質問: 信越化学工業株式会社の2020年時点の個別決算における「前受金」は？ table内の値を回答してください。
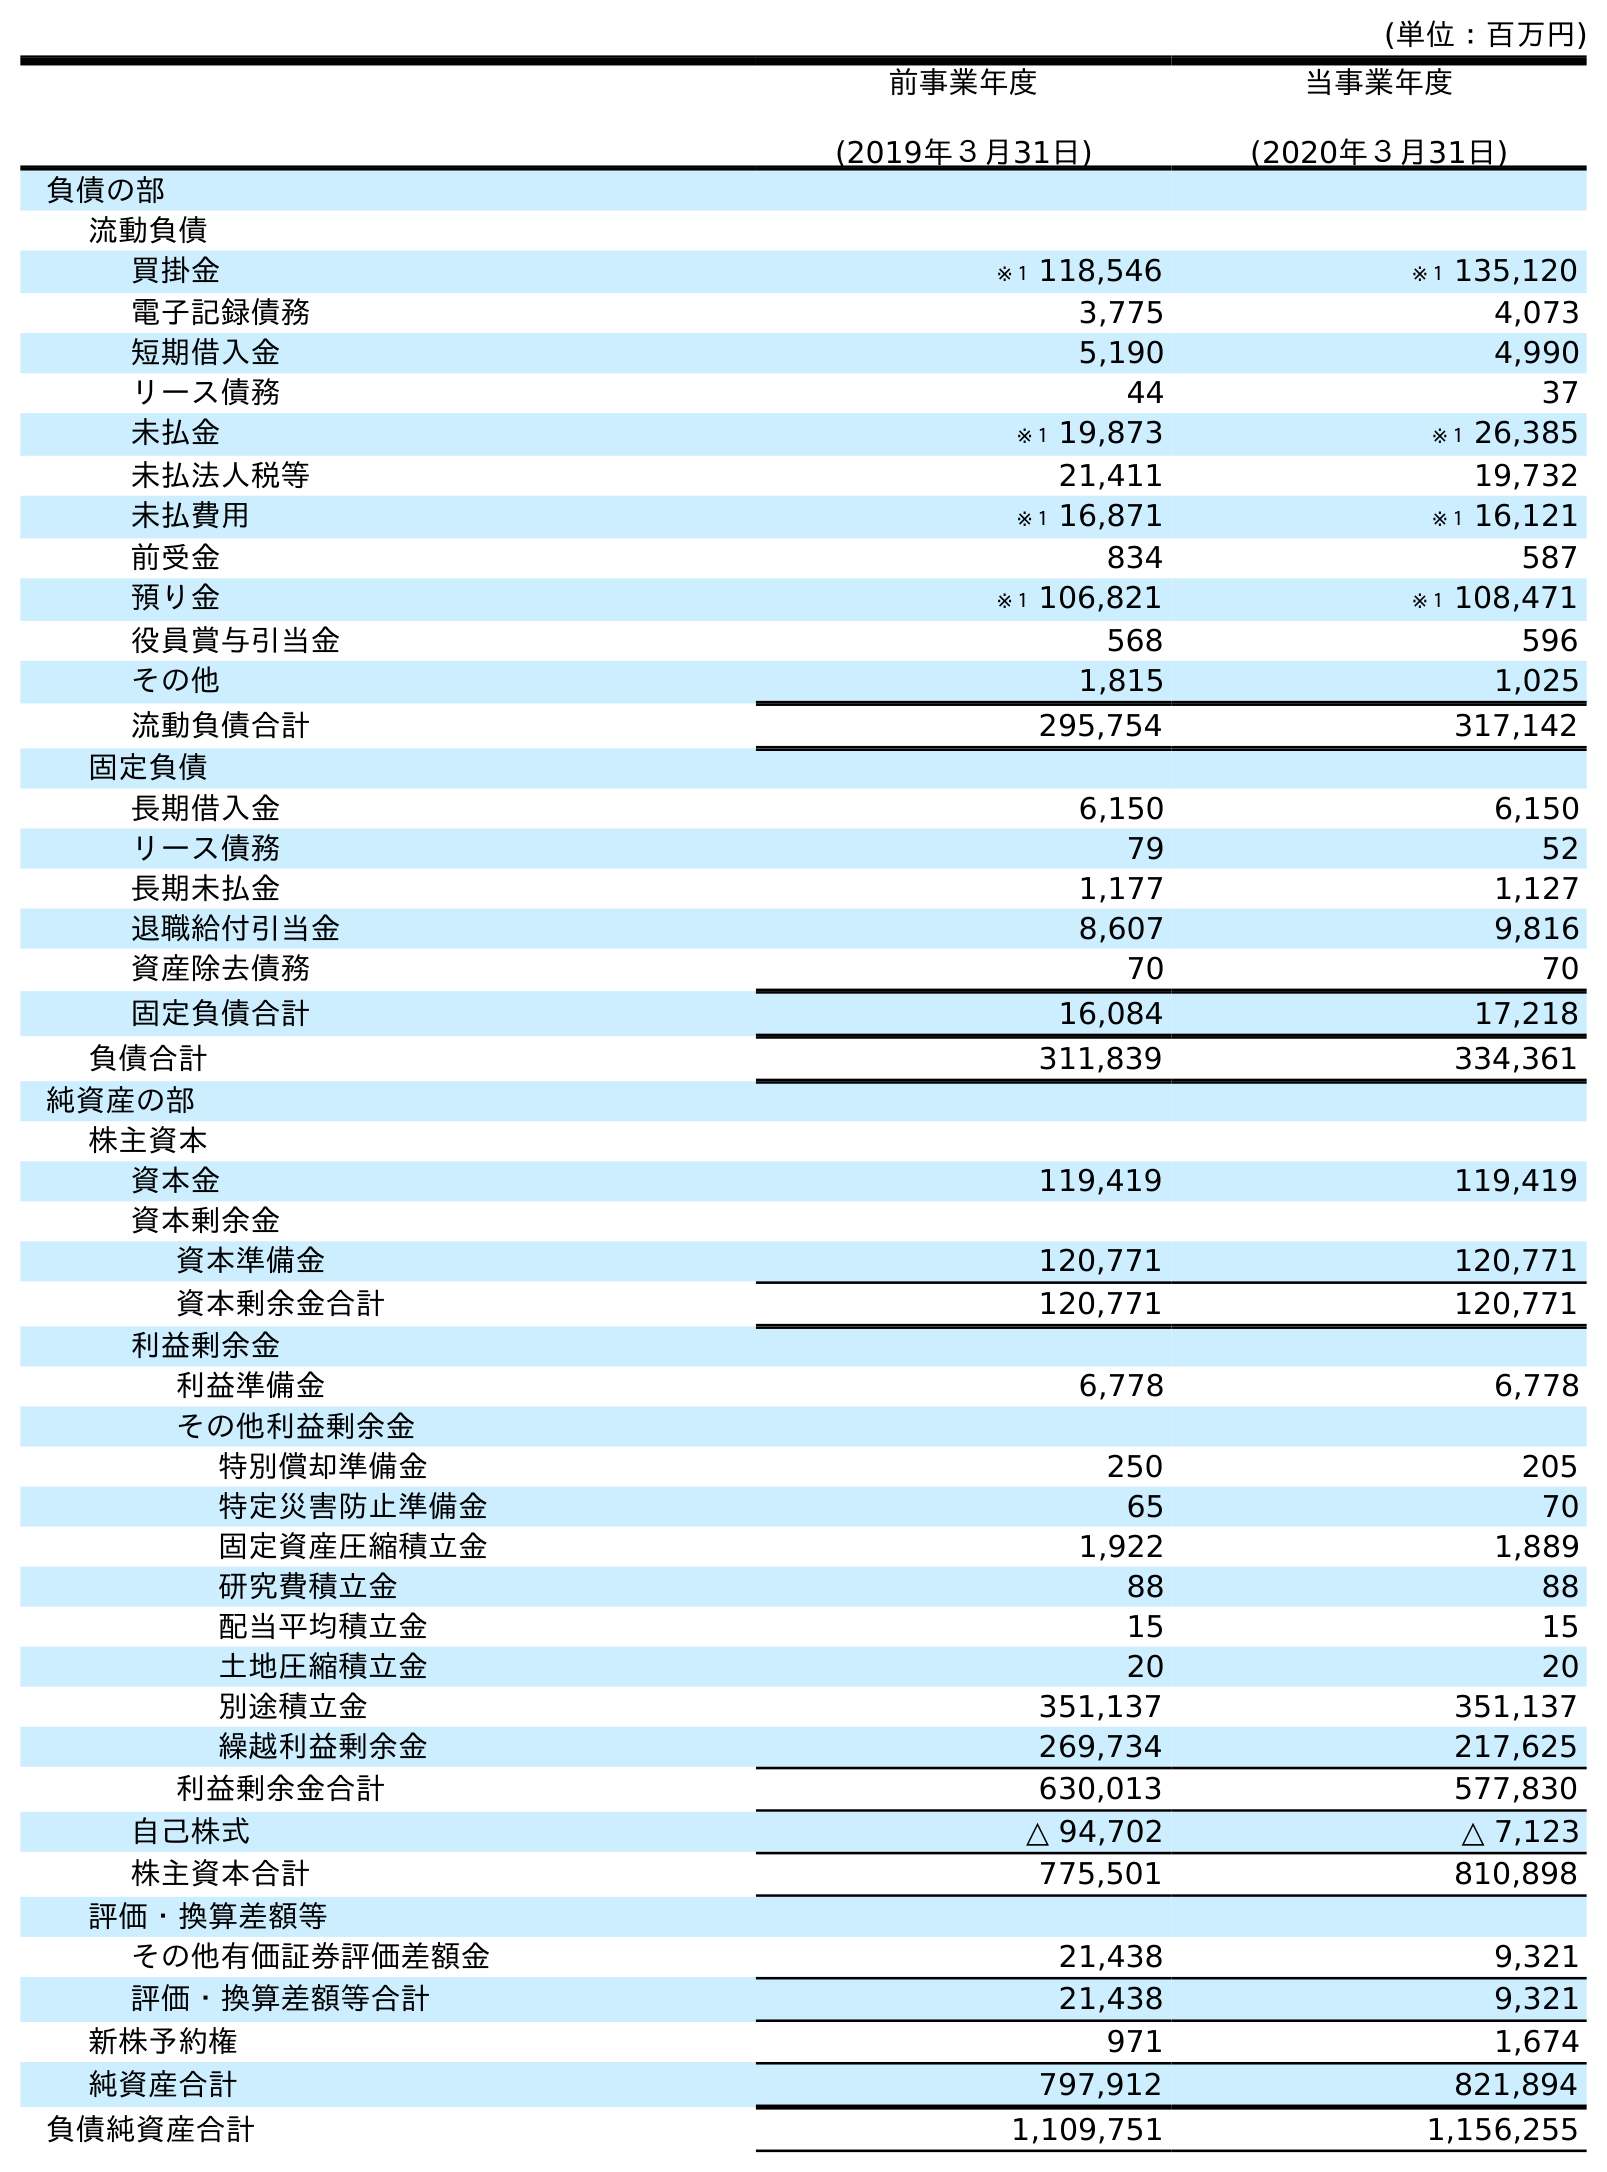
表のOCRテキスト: (単位：百万円) 前事業年度 (2019年３月31日) 当事業年度 (2020年３月31日) 負債の部 流動負債 買掛金 ※１ 118,546 ※１ 135,120 電子記録債務 3,775 4,073 短期借入金 5,190 4,990 リース債務 44 37 未払金 ※１ 19,873 ※１ 26,385 未払法人税等 21,411 19,732 未払費用 ※１ 16,871 ※１ 16,121 前受金 834 587 預り金 ※１ 106,821 ※１ 108,471 役員賞与引当金 568 596 その他 1,815 1,025 流動負債合計 295,754 317,142 固定負債 長期借入金 6,150 6,150 リース債務 79 52 長期未払金 1,177 1,127 退職給付引当金 8,607 9,816 資産除去債務 70 70 固定負債合計 16,084 17,218 負債合計 311,839 334,361 純資産の部 株主資本 資本金 119,419 119,419 資本剰余金 資本準備金 120,771 120,771 資本剰余金合計 120,771 120,771 利益剰余金 利益準備金 6,778 6,778 その他利益剰余金 特別償却準備金 250 205 特定災害防止準備金 65 70 固定資産圧縮積立金 1,922 1,889 研究費積立金 88 88 配当平均積立金 15 15 土地圧縮積立金 20 20 別途積立金 351,137 351,137 繰越利益剰余金 269,734 217,625 利益剰余金合計 630,013 577,830 自己株式 △ 94,702 △ 7,123 株主資本合計 775,501 810,898 評価・換算差額等 その他有価証券評価差額金 21,438 9,321 評価・換算差額等合計 21,438 9,321 新株予約権 971 1,674 純資産合計 797,912 821,894 負債純資産合計 1,109,751 1,156,255
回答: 587